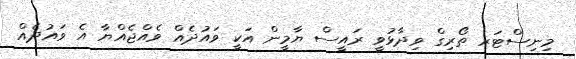
މިނިސްޓަރ ތޯރިގް ވިދާޅުވީ ރައީސް ޔާމީން އަކީ ވައުދެއް ވެއްޖެއްޔާ އެ ވައުދެއް